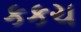
કકચ